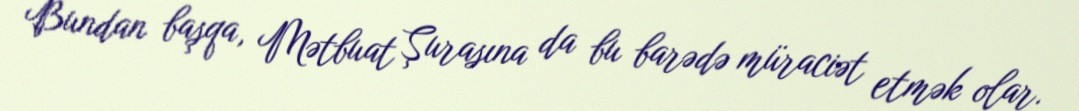
Bundan başqa, Mətbuat Şurasına da bu barədə müraciət etmək olar.